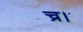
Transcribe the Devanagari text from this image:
च्र।